Report of the Hyderabad Chloroform Commission
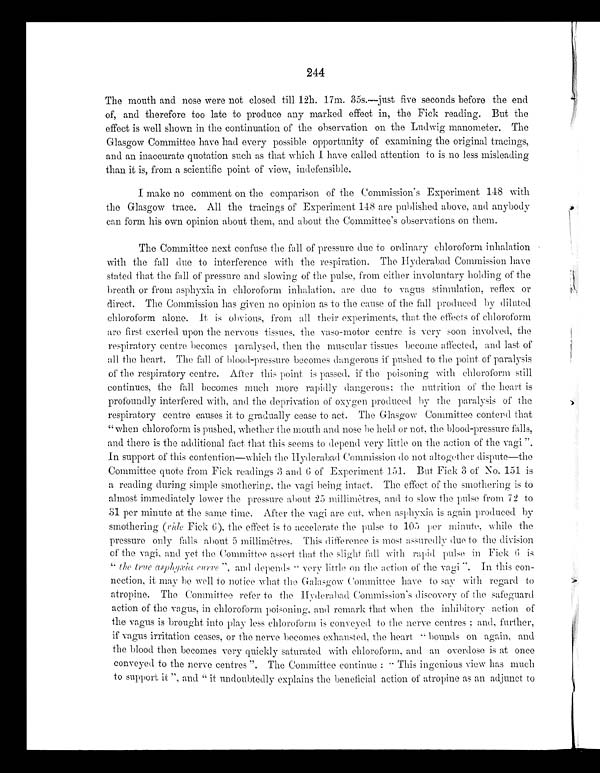
244
The mouth and nose were not closed till 12h. 17m. 35s.—just five seconds before the end
of, and therefore too late to produce any marked effect in, the Fick reading. But the
effect is well shown in the continuation of the observation on the Ludwig manometer. The
Glasgow Committee have had every possible opportunity of examining the original tracings,
and an inaccurate quotation such as that which I have called attention to is no less misleading
than it is, from a scientific point of view, indefensible.
I make no comment on the comparison of the Commission's Experiment 148 with
the Glasgow trace. All the tracings of Experiment 148 are published above, and anybody
can form his own opinion about them, and about the Committee's observations on them.
The Committee next confuse the fall of pressure due to ordinary chloroform inhalation
with the fall due to interference with the respiration. The Hyderabad Commission have
stated that the fall of pressure and slowing of the pulse, from either involuntary holding of the
breath or from asphyxia in chloroform inhalation, are due to vagus stimulation, reflex or
direct. The Commission has given no opinion as to the cause of the fall produced by diluted
chloroform alone. It is obvious, from all their experiments, that the effects of chloroform
are first exerted upon the nervous tissues, the vaso-motor centre is very soon involved, the
respiratory centre becomes paralysed, then the muscular tissues become affected, and last of
all the heart. The fall of blood-pressure becomes dangerous if pushed to the point of paralysis
of the respiratory centre. After this point is passed, if the poisoning with chloroform still
continues, the fall becomes much more rapidly dangerous; the nutrition of the heart is
profoundly interfered with, and the deprivation of oxygen produced by the paralysis of the
respiratory centre causes it to gradually cease to act. The Glasgow Committee contend that
"when chloroform is pushed, whether the mouth and nose be held or not, the blood-pressure falls,
and there is the additional fact that this seems to depend very little on the action of the vagi".
In support of this contention—which the Hyderabad Commission do not altogether dispute—the
Committee quote from Fick readings 3 and 6 of Experiment 151. But Fick 3 of No. 151 is
a reading during simple smothering, the vagi being intact. The effect of the smothering is to
almost immediately lower the pressure about 25 millimêters, and to slow the pulse from 72 to
31 per minute at the same time. After the vagi are cut, when asphyxia is again produced by
smothering (vide Fick 6), the effect is to accelerate the pulse to 105 per minute, while the
pressure only falls about 5 millimêtres. This difference is most assuredly due to the division
of the vagi, and yet the Committee assert that the slight fall with rapid pulse in Fick 6 is
" the true asphyxia curve", and depends "very little on the action of the vagi". In this con-
nection, it may be well to notice what the Galasgow Committee have to say with regard to
atropine. The Committee refer to the Hyderabad Commission's discovery of the safeguard
action of the vagus, in chloroform poisoning, and remark that when the inhibitory action of
the vagus is brought into play less chloroform is conveyed to the nerve centres; and, further,
if vagus irritation ceases, or the nerve becomes exhausted, the heart "bounds on again, and
the blood then becomes very quickly saturated with chloroform, and an overdose is at once
conveyed to the nerve centres". The Committee continue: "This ingenious view has much
to support it", and "it undoubtedly explains the beneficial action of atropine as an adjunct to